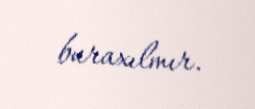
buraxılmır.